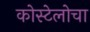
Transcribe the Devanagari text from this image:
कोस्टेलोचा